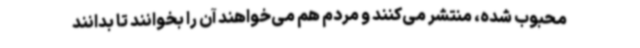
محبوب شده، منتشر می‌کنند و مردم هم می‌خواهند آن را بخوانند تا بدانند